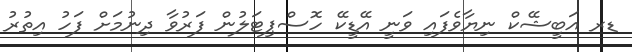
ޑރ އަބީޝޭކް ނިޔާވެފައި ވަނީ އޭޑީކޭ ހޮސްޕިޓަލުން ފަރުވާ ދިނުމަށް ފަހު އިތުރު